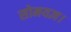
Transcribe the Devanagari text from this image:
सोमयज्ञ।